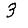
Digit: 3